Leaving Certificate Examination, 1908
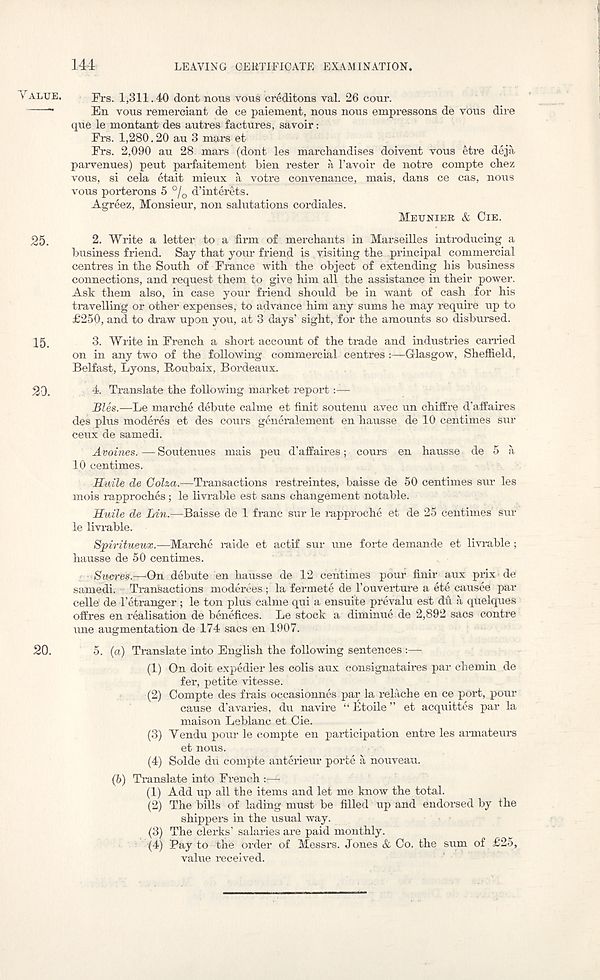
144
LEAVING CERTIFICATE EXAMINATION.
VALUE.
JT-S. 1,311.40 dont nous vous creditons val. 26 cour.
En vous remerciant de ce paiement, nous nous empressons de vdus dire
que le montant des autres factures, savoir:
Frs. 1,280.20 au 3 mars et
Frs. 2,090 au 28 mars (dont les marchandises doivent vous etre deja
parvenues) peut parfaitement bien rester a 1’avoir de notre compte chez
vous, si cela etait mieux a votre convenance, mais, dans ce cas, nous
vous porterons 5 °/0 d’interets.
Agreez, Monsieur, non salutations cordiales.
MEUNIER & OIE.
25.
2. Write a letter to a firm of merchants in Marseilles introducing a
business friend. Say that your friend is visiting the principal commercial
centres in the South of France with the object of extending his business
connections, and request them to give him all the assistance in their power.
Ask them also, in case your friend should be in -want of cash for his
travelling or other expenses, to advance him any sums he may require up to
£250, and to draw upon you, at 3 days’ sight, for the amounts so disbursed.
15.
3. Write in French a short account of the trade and industries carried
on in any two of the following commercial centres :—Glasgow, Sheffield,
Belfast, Lyons, Roubaix, Bordeaux.
20.
4. Translate the following market report
Bles.—Le marche debute calme et finit soutenu avec un chiffre d’affaires
des plus moderes et des cours generalemeht en hausse de 10 centimes sur
ceux de samedi.
Avoines. — Soutenues mais peu d’affaires; cours en hausse de 5 a
10 centimes.
Haile de Coha.—Transactions restreintes, baisse de 50 centimes sur les
mois rapproches; le livrable est sans changement notable.
Huile de Lin.—Baisse de 1 franc sur le rapproche et de 25 centimes sur
le livrable.
Spiritueux.—Marche raide et actif sur une forte demande et livrable;
hausse de 50 centimes.
Sucres.—‘On debute en hausse de 12 centimes pour finir aux prix de
samedi. Transactions moderees; la fermete de 1’ouverture a ete causee par
celle' de Tetranger; le ton plus calme qui a ensuite prevalu est du a quelques
offres en realisation de benefices. Le stock a diminue de 2,892 sacs contre
line augmentation de 174 sacs en 1907.
20.
5. (a) Translate into English the following sentences :—
(1) On doit expedier les colis aux consignataires par chemin de
fer, petite vitesse.
(2) Oompte des frais occasionnes par la relache en ce poi't, pour
cause d’avaries, du navire “ Etoile ” et acquittes par la
maison Leblanc et Cie.
(3) Vendu pour le compte en participation entre les armateurs
et nous.
(4) Solde du compte anterieur porte a nouveau.
(5)
Translate into French rf-k
(1) Add up all the items and let me know the total.
(2) The bills of lading must be filled up and endorsed by the
shippers in the usual way.
(3) The clerks’ salaries are paid monthly.
(4) Pay to the order of Messrs. Jones & Co. the sum of £25,
value received.